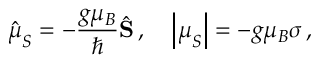
{ \hat { \boldsymbol { \mu } } } _ { S } = - { \frac { g \mu _ { B } } { \hbar } } { \hat { \mathbf { S } } } \, , \quad \left| { \boldsymbol { \mu } } _ { S } \right| = - g \mu _ { B } \sigma \, ,